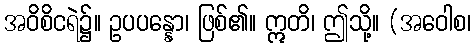
အဝိစိငရဲ၌။ ဥပပန္နော၊ ဖြစ်၏။ ဣတိ၊ ဤသို့။ (အဝေါစ၊